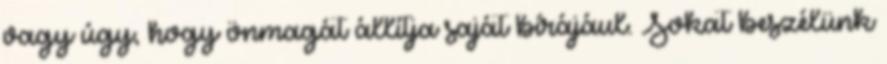
vagy úgy, hogy önmagát állítja saját bírájául. Sokat beszélünk